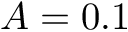
A = 0 . 1